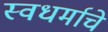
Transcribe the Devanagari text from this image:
स्वधर्माचे